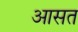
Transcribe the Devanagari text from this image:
आसत